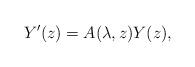
LaTeX: \begin{align*}Y'(z)=A(\lambda,z)Y(z),\end{align*}